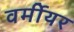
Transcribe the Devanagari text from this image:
वर्मीयर